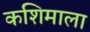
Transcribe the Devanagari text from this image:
कशिमाला